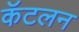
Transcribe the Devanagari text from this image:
कॅटलन